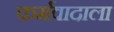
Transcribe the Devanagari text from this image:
कर्मवादाला